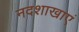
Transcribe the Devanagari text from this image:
नदशाखाएं